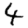
Digit: 4